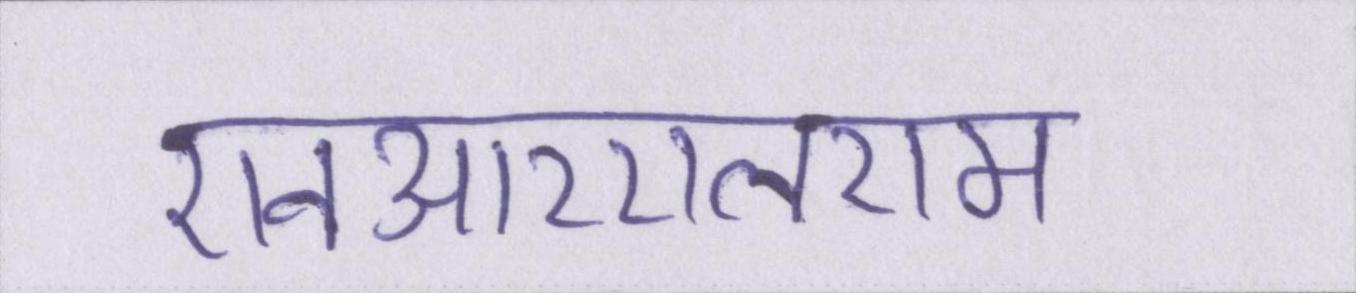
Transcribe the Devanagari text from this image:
एनआरएलएम